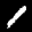
Label: 1